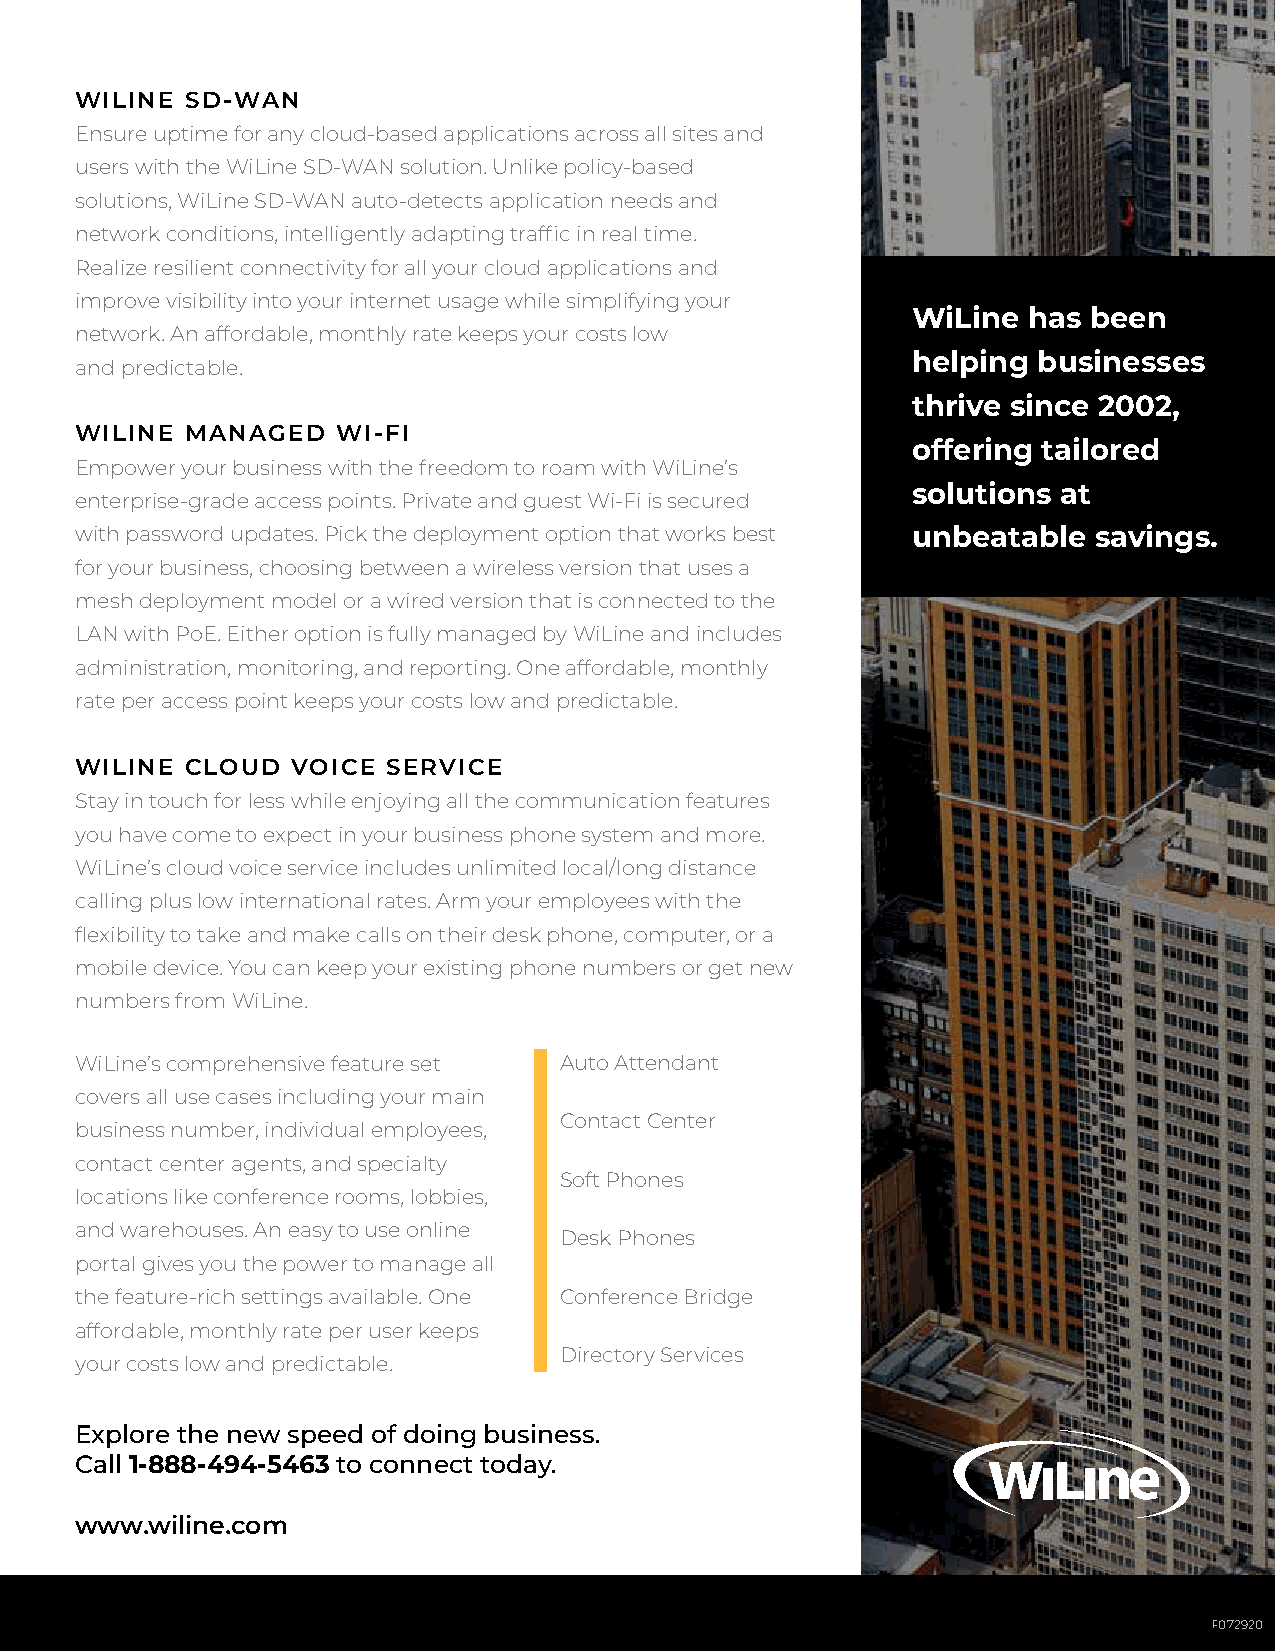
WILINE SD-WAN
 Ensure uptime for any cloud-based applications across all sites and
 users with the WiLine SD-WAN solution. Unlike policy-based
 solutions, WiLine SD-WAN auto-detects application needs and
 network conditions, intelligently adapting traffic in real time.
 Realize resilient connectivity for all your cloud applications and
 improve visibility into your internet usage while simplifying your
 WiLine  has been
 network. An affordable, monthly rate keeps your costs low
 helping  businesses
 and predictable.
 thrive since 2002,
 WILINE MANAGED   WI-FI
 offering tailored
 Empower your business with the freedom to roam with WiLine’s
 solutions at
 enterprise-grade access points. Private and guest Wi-Fi is secured
 with password updates. Pick the deployment option that works best unbeatable savings.
 for your business, choosing between a wireless version that uses a
 mesh deployment model or a wired version that is connected to the
 LAN with PoE. Either option is fully managed by WiLine and includes
 administration, monitoring, and reporting. One affordable, monthly
 rate per access point keeps your costs low and predictable.
 WILINE CLOUD  VOICE  SERVICE
 Stay in touch for less while enjoying all the communication features
 you have come to expect in your business phone system and more.
 WiLine’s cloud voice service includes unlimited local/long distance
 calling plus low international rates. Arm your employees with the
 flexibility to take and make calls on their desk phone, computer, or a
 mobile device. You can keep your existing phone numbers or get new
 numbers from WiLine.
 WiLine’s comprehensive feature set Auto Attendant
 covers all use cases including your main
 Contact Center
 business number, individual employees,
 contact center agents, and specialty
 Soft Phones
 locations like conference rooms, lobbies,
 and warehouses. An easy to use online
 Desk Phones
 portal gives you the power to manage all
 the feature-rich settings available. One Conference Bridge
 affordable, monthly rate per user keeps
 Directory Services
 your costs low and predictable.
 Explore the new speed of doing business.
 Call 1-888-494-5463 to connect today.
 www.wiline.com
 F072920